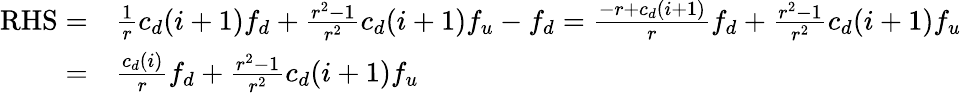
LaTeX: \begin{array}{rl}{\mathrm{RHS}=}&{\frac{1}{r}c_{d}(i+1)f_{d}+\frac{r^{2}-1}{r^{2}}c_{d}(i+1)f_{u}-f_{d}=\frac{-r+c_{d}(i+1)}{r}f_{d}+\frac{r^{2}-1}{r^{2}}c_{d}(i+1)f_{u}}\\ {=}&{\frac{c_{d}(i)}{r}f_{d}+\frac{r^{2}-1}{r^{2}}c_{d}(i+1)f_{u}}\end{array}